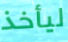
ليأخذ